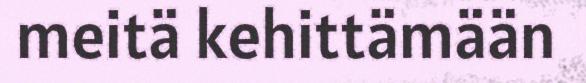
meitä kehittämään